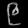
Digit: ၉